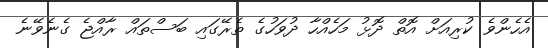
އެހެންވެ ކުރިއަށް އޮތް ދޮޅު މަހެއްހާ ދުވަހުގެ ތެރޭގައި ބަސްތައް ރާއްޖެ ގެނެވޭނެ